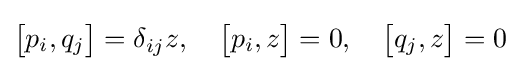
{\begin{bmatrix}p_{i},q_{j}\end{bmatrix}}=\delta _{ij}z,\quad {\begin{bmatrix}p_{i},z\end{bmatrix}}=0,\quad {\begin{bmatrix}q_{j},z\end{bmatrix}}=0